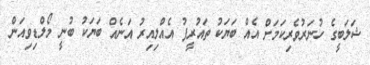
ޝަލަބީގެ ހުނަރުވެރިކަމަށް އެއް ބަޔަކު ތައުރީފު އެއްލިއިރު އަނެއް ބަޔަކު ބުނީ މޯލްޑިވިއަން